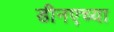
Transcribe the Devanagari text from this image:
डीनएच्या